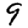
Digit: 9